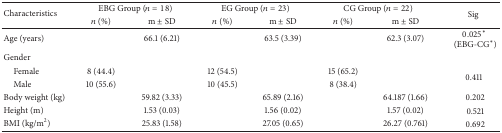
<table><thead><tr><td rowspan="2"><b>Characteristics</b></td><td colspan="2"><b>EBG Group (<i>n</i> = 18)</b></td><td colspan="2"><b>EG Group (<i>n</i> = 23)</b></td><td colspan="2"><b>CG Group (<i>n</i> = 22)</b></td><td rowspan="2"><b>Sig</b></td></tr><tr><td><b><i>n</i> (%)</b></td><td><b>m ± SD</b></td><td><b><i>n</i> (%)</b></td><td><b>m ± SD</b></td><td><b><i>n</i> (%)</b></td><td><b>m ± SD</b></td></tr></thead><tbody><tr><td>Age (years)</td><td> </td><td>66.1 (6.21)</td><td> </td><td>63.5 (3.39)</td><td> </td><td>62.3 (3.07)</td><td>0.025* (EBG-CG*)</td></tr><tr><td>Gender</td><td> </td><td> </td><td> </td><td> </td><td> </td><td> </td><td> </td></tr><tr><td> Female</td><td>8 (44.4)</td><td> </td><td>12 (54.5)</td><td> </td><td>15 (65.2)</td><td> </td><td rowspan="2">0.411</td></tr><tr><td> Male</td><td>10 (55.6)</td><td> </td><td>10 (45.5)</td><td> </td><td>8 (38.4)</td><td> </td></tr><tr><td>Body weight (kg)</td><td> </td><td>59.82 (3.33)</td><td> </td><td>65.89 (2.16)</td><td> </td><td>64.187 (1.66)</td><td>0.202</td></tr><tr><td>Height (m)</td><td> </td><td>1.53 (0.03)</td><td> </td><td>1.56 (0.02)</td><td> </td><td>1.57 (0.02)</td><td>0.521</td></tr><tr><td>BMI (kg/m<sup>2</sup>)</td><td> </td><td>25.83 (1.58) </td><td> </td><td>27.05 (0.65)</td><td> </td><td>26.27 (0.761)</td><td>0.692</td></tr></tbody></table>